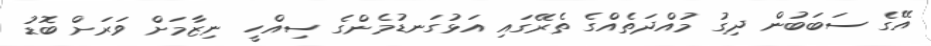
އޭގެ ސަބަބުން ދިގު މުއްދަތެއްގެ ތެރޭގައި އަޅުގަނޑުމެންގެ ސިއްހީ ނިޒާމަށް ވަރަށް ބޮޑު